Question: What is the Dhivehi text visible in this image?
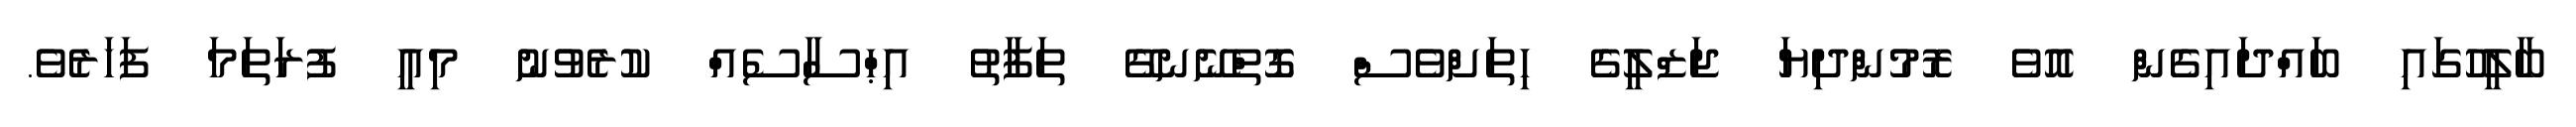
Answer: ބާލީހުގައި ބައްދައިގެން އޮވެ ރޮމުންދިޔަ ޖަޒްލީގެ ހިތަށްވެސް ގޮތްނޭނގޭ ތަފާތު އިޙްސާސެއް ކުރެވުނު މިއީ ފުރަތަމަ ފަހަރެވެ.